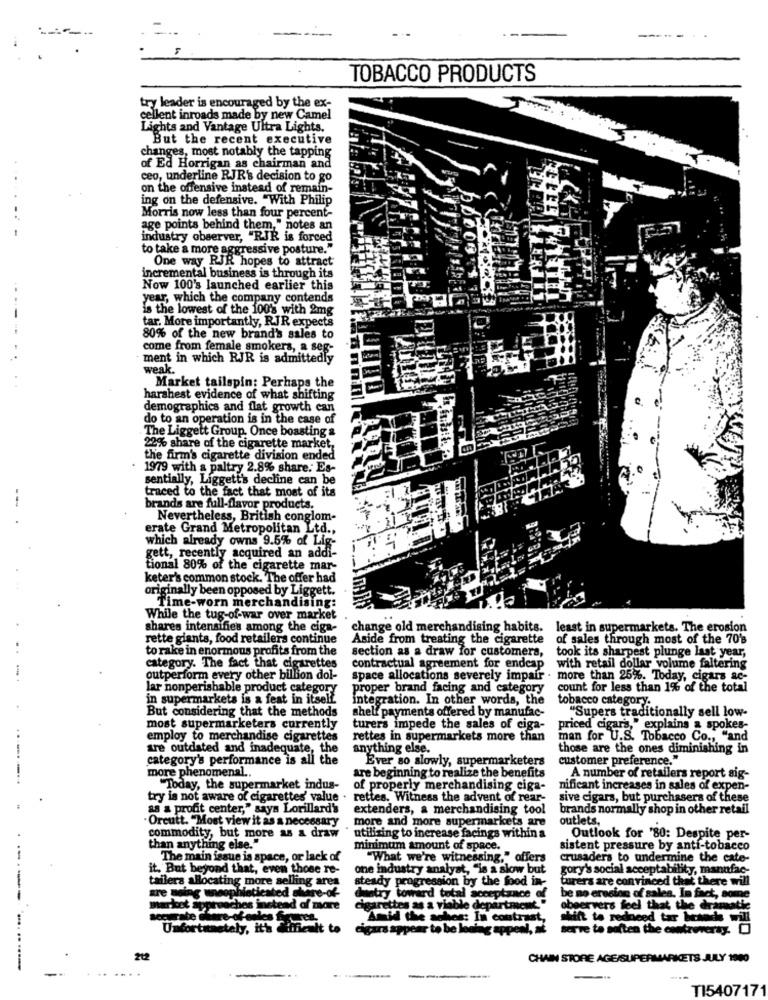
-
--
TOBACCO PRODUCTS
try leader is encouraged by the ex-
cellent inroads made by new Camel
Lights and Vantage Ultra Lights.
But the recent executive
changes, most notably the tapping
of Ed Horrigan as chairman and
ceo, underline RJR's decision to go
on the offensive instead of remain-
ing on the defensive. "With Philip
Morris now less than four percent-
age points behind them," notes an
Industry observer, "RJR is forced
to take a more aggressive posture."
One way RJR hopes to attract
incremental business is through its
Now 100's launched earlier this
year, which the company contends
is the lowest of the 100's with 2mg
-
tar. More importantly, RJR expects
80% of the new brand's sales to
come from female smokers, a seg-
ment in which RJR is admittedly
weak.
Market tailspin: Perhaps the
harshest evidence of what shifting
demographics and flat growth can
do to an operation is in the case of
The Liggett Group. Once boasting &
22% share of the cigarette market,
the firm's cigarette division ended
1979 with a paltry 2.8% share. Es-
sentially, Liggett's decline can be
traced to the fact that most of its
--
brands are full-flavor products.
Nevertheless, British conglom-
erate Grand Metropolitan Ltd .,
which already owns 9.5% of Lig-
gett, recently acquired an addi-
tional 80% of the cigarette mar-
keter's common stock. The offer had
originally been opposed by Liggett.
Time-worn merchandising:
While the tug-of-war over market
shares intensifies among the ciga-
change old merchandising habits. least in supermarkets. The erosion
rette giants, food retailers continue
Aside from treating the cigarette
of sales through most of the 70's
to rake in enormous profits from the
section as a draw for customers,
took its sharpest plunge last year,
category. The fact that cigarettes
contractual agreement for endcap
with retail dollar volume faltering
outperform every other billion dol-
space allocations severely impair . more than 25%. Today, cigars ac-
lar nonperishable product category
proper brand facing and category
count for less than 1% of the total
in supermarkets is a feat in itself.
integration. In other words, the
tobacco category.
But considering that the methods
shelf payments offered by manufac-
"Supers traditionally sell low-
most supermarketers currently
turers impede the sales of ciga-
priced cigars," explains & spokes-
employ to merchandise cigarettes
rettes in supermarkets more than
man for U.S. Tobacco Co ., "and
are outdated and inadequate, the
anything else.
those are the ones diminishing in
category's performance is all the
Ever so slowly, supermarketers
customer preference."
more phenomenal ..
are beginning to realize the benefits
A number of retailers report sig-
"Today, the supermarket indus-
of properly merchandising ciga-
nificant increases in sales of expen-
try is not aware of cigarettes' value . rettes. Witness the advent of rear-
sive cigars, but purchasers of these
as a profit center," says Lorillard's
extenders, a merchandising tool
brands normally shop in other retail
·Orcutt. "Most view it as a necessary
more and more supermarkets are
outlets,
commodity, but more as a draw
utilizing to increase facings within a
Outlook for '80: Despite per-
than anything else."
minimum amount of space.
sistent pressure by anti-tobacco
The main issue is space, or lack of
"What we're witnessing," offers
crusaders to undermine the cate-
it. But beyond that, even those re-
one industry analyst, "is a slow but
gory's social acceptability, manufac-
tailers allocating more selling ares
steady progression by the food in-
turers are convinced that there will
be no erosion of sales. In fact, some
-----
mophieticated gliare-of-
Country toward total acceptance of
marioot spore
iches instead af mare
rettes as a viab
Me department
observers feel that the dramatie
Amid the acher: In contrast
shift to redneed tar besadhs will
Unfortunately, it's Cin
Cigars appear to be losing ap
serve to soften the controversy. O
212
CHAIN STORE AGE/SUPERMARKETS JULY 1900
---
------
TI5407171